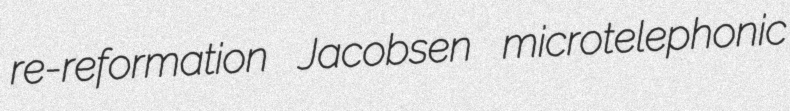
re-reformation Jacobsen microtelephonic